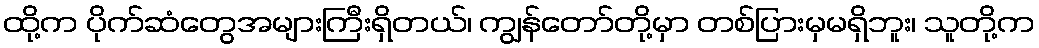
ထို့က ပိုက်ဆံတွေအများကြီးရှိတယ်၊ ကျွန်တော်တို့မှာ တစ်ပြားမှမရှိဘူး၊ သူတို့က